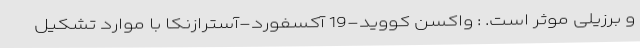
و برزیلی موثر است. : واکسن کووید-19 آکسفورد-آسترازنکا با موارد تشکیل